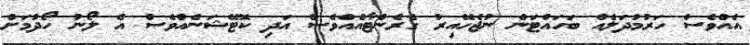
އެއްވެސް ހަރުމުދަލެއް ބަހައްޓަން ނުޖެހޭއިރު ގެރެންޓާއެއްވެސް އަދި ކޮޓޭޝަނެއްވެސް އެ ލޯނު ހޯދުމަށް